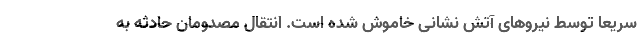
سریعا توسط نیروهای آتش نشانی خاموش شده است. انتقال مصدومان حادثه به